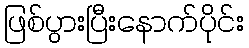
ဖြစ်ပွားပြီးနောက်ပိုင်း